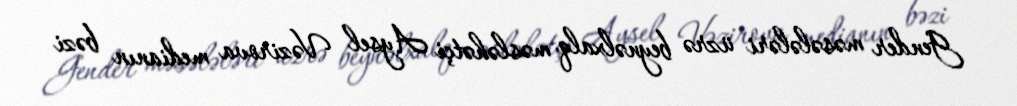
Gender məsələləri üzrə beynəlxalq məsləhətçi Aysel Vəzirova medianın bəzi